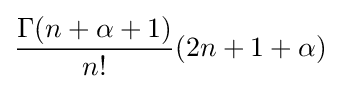
{\frac {\Gamma (n+\alpha +1)}{n!}}(2n+1+\alpha )